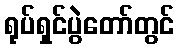
ရုပ်ရှင်ပွဲတော်တွင်